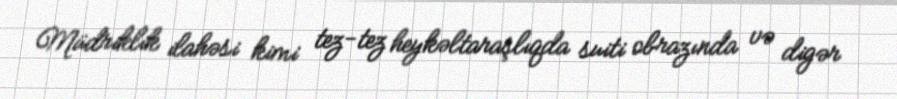
Müdriklik ilahəsi kimi tez-tez heykəltaraşlıqda suiti obrazında və digər